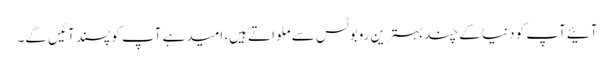
آئیےآپ کو دنیا کے چند بہترین روبوٹس سے ملواتے ہیں، امیدہے آپ کو پسند آئیں گے۔